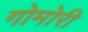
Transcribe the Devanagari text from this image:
गोमोरी